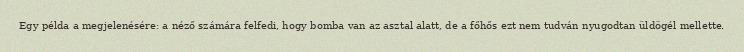
Egy példa a megjelenésére: a néző számára felfedi, hogy bomba van az asztal alatt, de a főhős ezt nem tudván nyugodtan üldögél mellette.